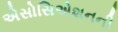
એસોસિએશનની